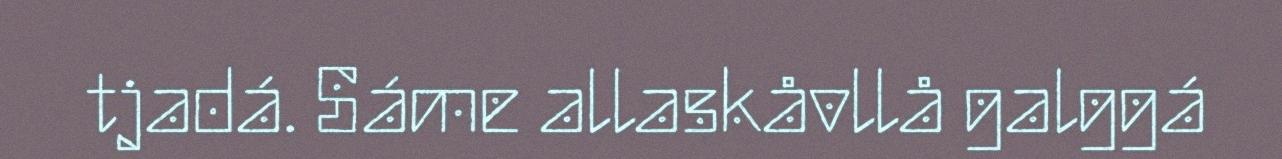
tjadá. Sáme allaskåvllå galggá